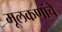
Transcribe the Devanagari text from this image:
मूलकणांचे